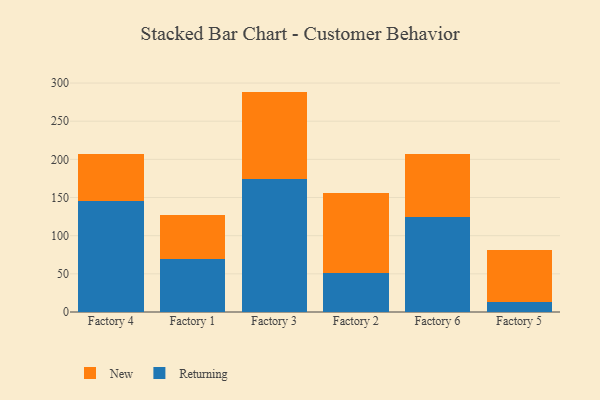
{"axis": {"x": "Factory", "y": "Latency (ms)"}, "legend": ["New", "Returning"], "data": [{"x": "Factory 4", "y": 146.1, "type": "Returning"}, {"x": "Factory 4", "y": 60.7, "type": "New"}, {"x": "Factory 1", "y": 69.0, "type": "Returning"}, {"x": "Factory 1", "y": 58.5, "type": "New"}, {"x": "Factory 3", "y": 174.3, "type": "Returning"}, {"x": "Factory 3", "y": 114.5, "type": "New"}, {"x": "Factory 2", "y": 51.2, "type": "Returning"}, {"x": "Factory 2", "y": 104.2, "type": "New"}, {"x": "Factory 6", "y": 124.7, "type": "Returning"}, {"x": "Factory 6", "y": 82.3, "type": "New"}, {"x": "Factory 5", "y": 12.9, "type": "Returning"}, {"x": "Factory 5", "y": 69.0, "type": "New"}]}